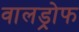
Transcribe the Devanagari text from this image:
वालड्रोफ